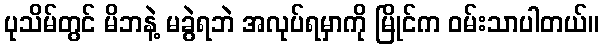
ပုသိမ်တွင် မိဘနဲ့ မခွဲရဘဲ အလုပ်ရမှာကို မြိုင်က ဝမ်းသာပါတယ်။